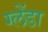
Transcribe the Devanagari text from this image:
ग्लेंडा